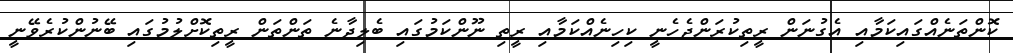
ކޮންތަނެއްގައިކަމާއި އެގުނަން ރީތިކުރަންޖެހެނީ ކިހިނެއްކަމާއި ރީތި ނޫންކަމުގައި ބެލިދާނެ ތަންތަން ރީތިކޮށްލުމުގައި ބޭނުންކުރެވޭނީ